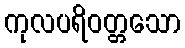
ကုလပရိဝတ္တသော